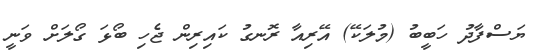
ޔަަސްފާދު ހަބީބު (މުލަކޭ) އޭރިއާ ރޮނގު ކައިރިން ޖެހި ބޯޅަ ގޯލަށް ވަނީ